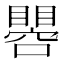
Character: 𱳌